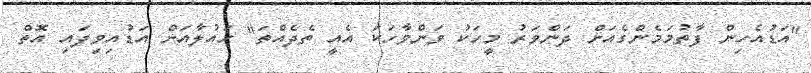
"އަޑުއެހިން ފާތުމަމެންގެއަށް ދަންވަރު މީހަކު ވަންވާހަކަ އެއީ ތެދެއްތަ" ހައުލާއަށް އަޑުއިވިފައި އޮތް